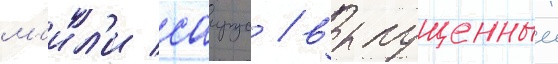
маил'и саирус / выпущенныи